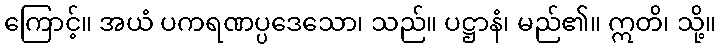
ကြောင့်။ အယံ ပကရဏပ္ပဒေသော၊ သည်။ ပဋ္ဌာနံ၊ မည်၏။ ဣတိ၊ သို့။